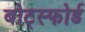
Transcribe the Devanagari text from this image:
बोट्स्फोर्ड